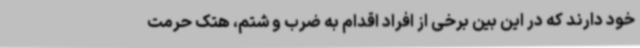
خود دارند که در این بین برخی از افراد اقدام به ضرب و شتم، هتک حرمت